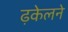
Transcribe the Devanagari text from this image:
ढ़केलने